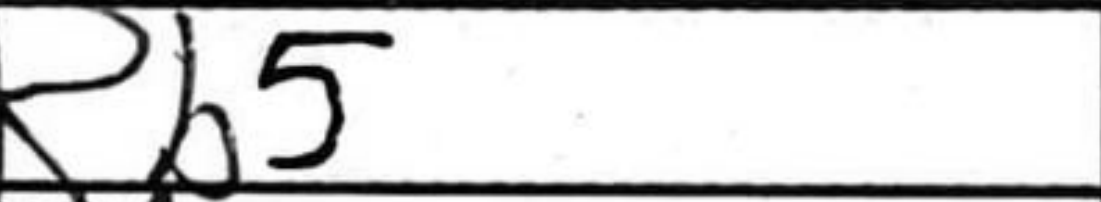
Transcription: Rb5